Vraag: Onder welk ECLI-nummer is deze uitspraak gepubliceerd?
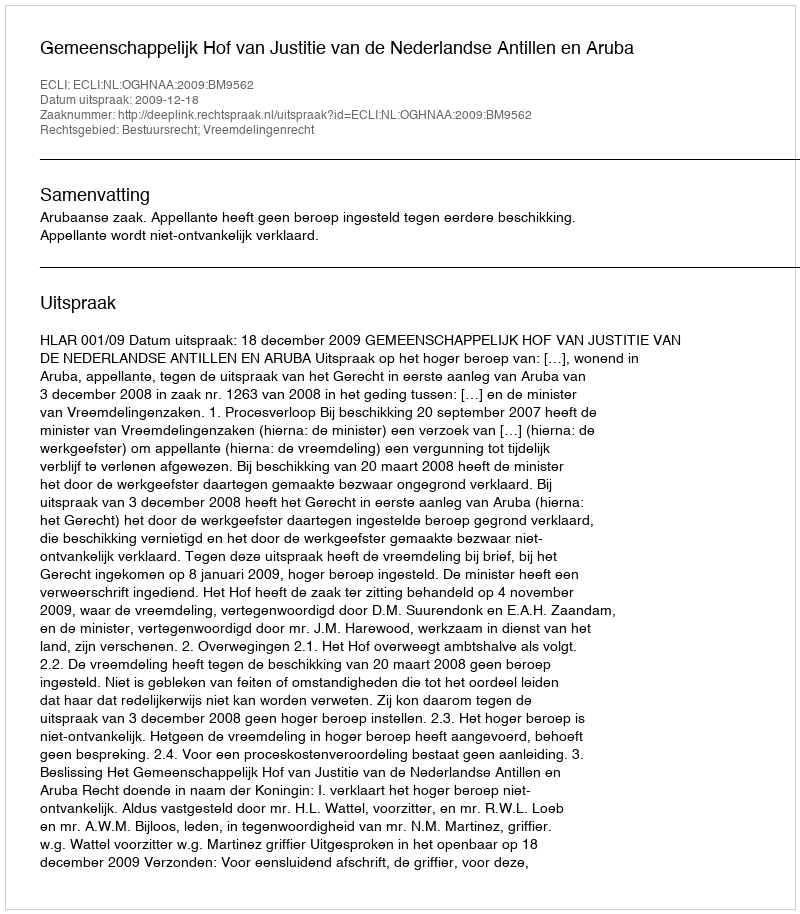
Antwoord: ECLI:NL:OGHNAA:2009:BM9562